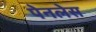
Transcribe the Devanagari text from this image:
पेनलेस